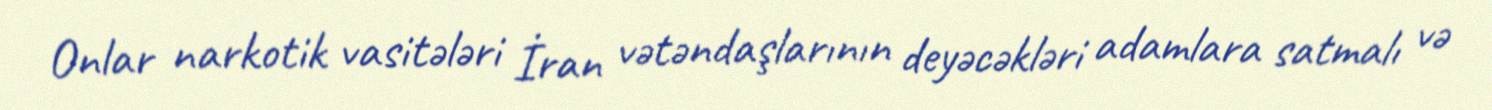
Onlar narkotik vasitələri İran vətəndaşlarının deyəcəkləri adamlara satmalı və